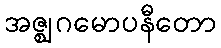
အဇ္ဈဂမောပနီတော